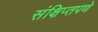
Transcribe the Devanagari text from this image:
संक्षिप्‍तपणे